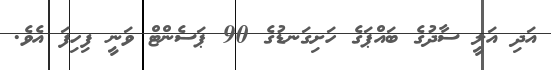
އަދި އަލީ ސާދުގެ ބައްޕަގެ ހަށިގަނޑުގެ 90 ޕަސެންޓް ވަނީ ފިހިފަ އެވެ.